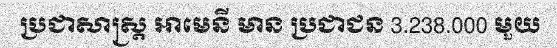
ប្រជាសាស្ត្រ អាមេនី មាន ប្រជាជន 3.238.000 មួយ